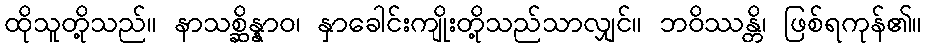
ထိုသူတို့သည်။ နာသစ္ဆိန္နာဝ၊ နှာခေါင်းကျိုးတို့သည်သာလျှင်။ ဘဝိဿန္တိ၊ ဖြစ်ရကုန်၏။